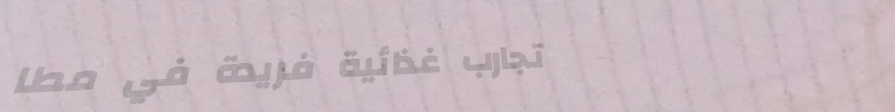
تجارب غذائية فريدة في مطا